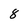
Character: 8